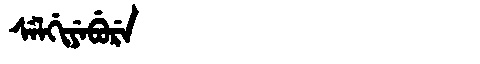
Manchu: ᠰᡝᠯᡤᡳᠶᡝᠪᡠᡵᡝ
Romanization: SELGIYEBURE